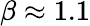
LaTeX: \beta\approx 1.1